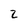
Character: 2